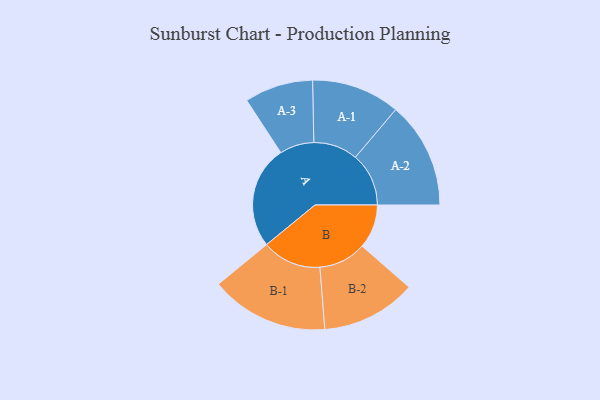
{"axis": {"x": "Segment", "y": "Value"}, "legend": ["", "A", "B"], "data": [{"x": "A", "y": 477, "type": ""}, {"x": "B", "y": 204, "type": ""}, {"x": "A-1", "y": 205, "type": "A"}, {"x": "A-2", "y": 247, "type": "A"}, {"x": "A-3", "y": 159, "type": "A"}, {"x": "B-1", "y": 274, "type": "B"}, {"x": "B-2", "y": 220, "type": "B"}]}